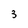
Character: 3